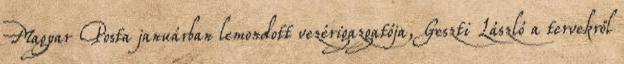
Magyar Posta januárban lemondott vezérigazgatója, Geszti László a tervekről